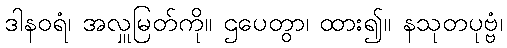
ဒါနဝရံ၊ အလှူမြတ်ကို။ ဌပေတွာ၊ ထား၍။ နသုတပုဗ္ဗံ၊